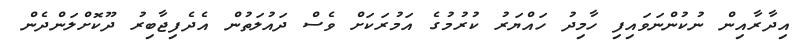
އިދާރާއިން ނުކުންނަވައިފި ހާމިދު ހައްޔަރު ކުރުމުގެ އަމުރަކަށް ވެސް ދައުލަތުން އެދެފިޖާބިރު ދޫކޮށްލަންދެން